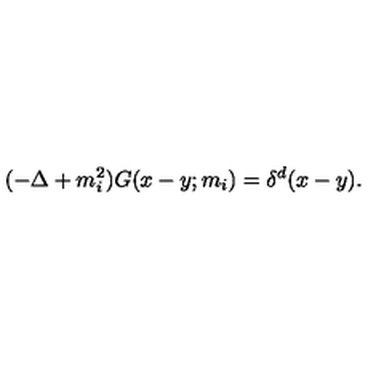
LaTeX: ( - \Delta + m _ { i } ^ { 2 } ) G ( x - y ; m _ { i } ) = \delta ^ { d } ( x - y ) .